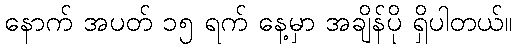
နောက် အပတ် ၁၅ ရက် နေ့မှာ အချိန်ပို ရှိပါတယ်။